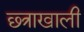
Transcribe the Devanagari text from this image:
छ्त्राखाली